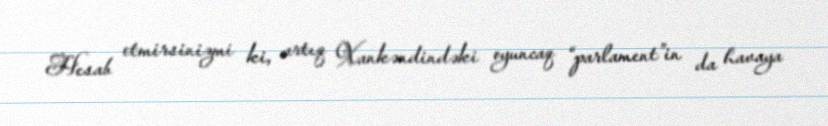
Hesab etmirsinizmi ki, artıq Xankəndindəki oyuncaq “parlament”in da havaya